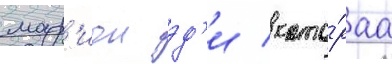
мар'ион эд'и / кото́раа